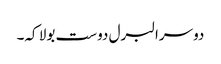
دوسرا لبرل دوست بولا کہ۔